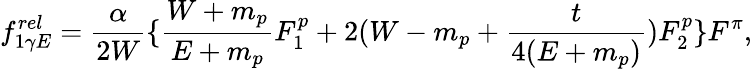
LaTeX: f_{1\gamma E}^{rel}=\frac{\alpha}{2W}\{ \frac{W+m_{p}}{E+m_{p}}F_{1}^{p}+2(W-m_{p}+\frac{t}{4(E+m_{p})})F_{2}^{p}\} F^{\pi},